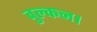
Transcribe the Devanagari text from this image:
वुल्कन।